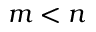
m < n